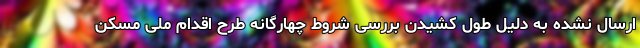
ارسال نشده به دلیل طول کشیدن بررسی شروط چهارگانه طرح اقدام ملی مسکن